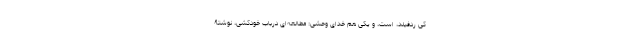
کیْ ردفیلد، است، و یکی هم خدای وحشی: مطالعه‌ای درباب خودکشی، نوشتۀ